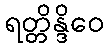
ရတ္တိန္ဒိဝေ